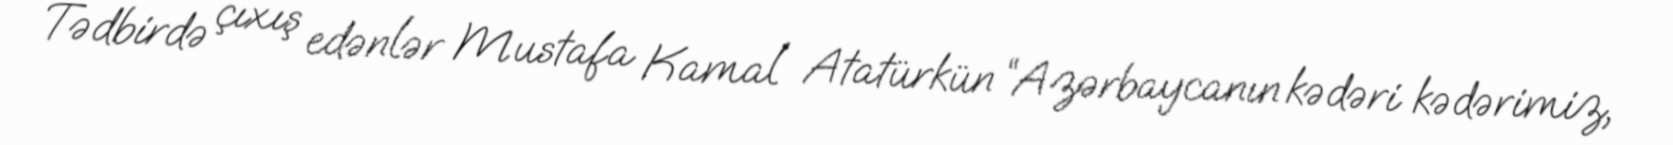
Tədbirdə çıxış edənlər Mustafa Kamal Atatürkün “Azərbaycanın kədəri kədərimiz,